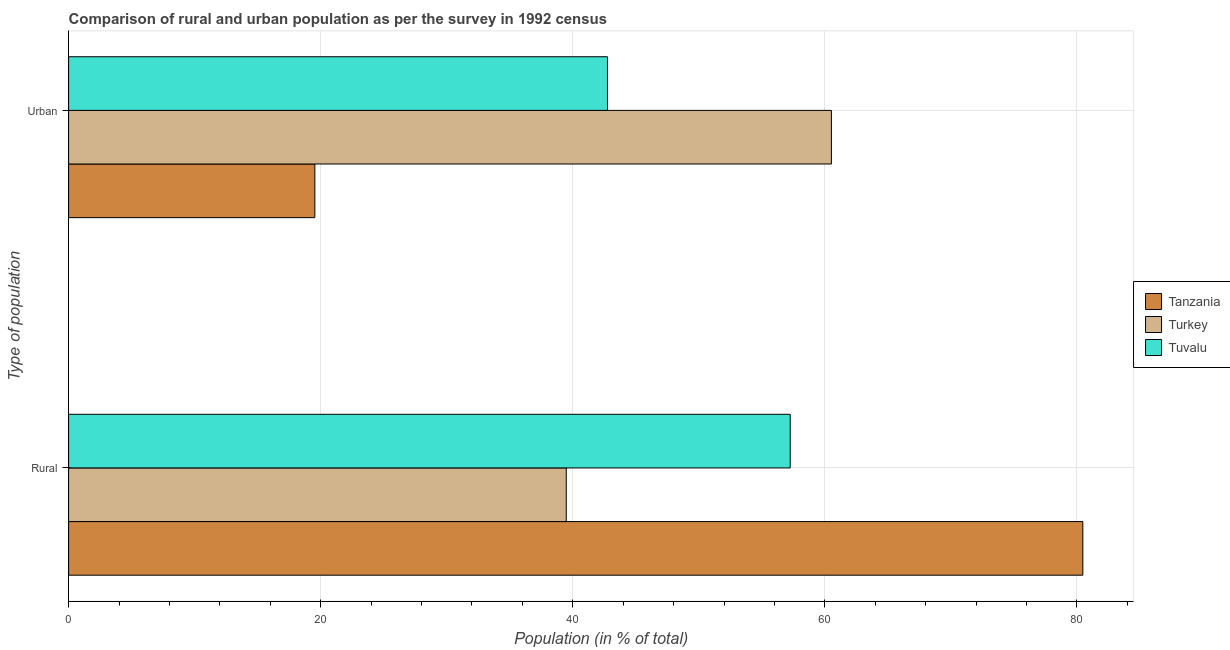
| Type of population | Tanzania | Turkey | Tuvalu |
 | --- | --- | --- | --- |
 | Rural | 80.5 | 39.5 | 57.2 |
 | Urban | 19.5 | 60.5 | 42.8 |